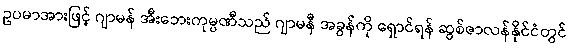
ဥပမာအားဖြင့် ဂျာမန် အီးဘေးကုမ္ပဏီသည် ဂျာမနီ အခွန်ကို ရှောင်ရန် ဆွစ်ဇာလန်နိုင်ငံတွင်